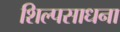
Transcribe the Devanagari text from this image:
शिल्पसाधना